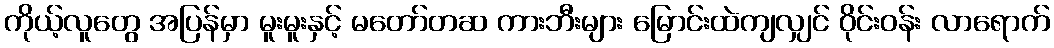
ကိုယ့်လူတွေ အပြန်မှာ မူးမူးနှင့် မတော်တဆ ကားဘီးများ မြောင်းထဲကျလျှင် ဝိုင်းဝန်း လာရောက်